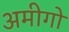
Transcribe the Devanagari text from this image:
अमीगो